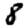
Digit: 8